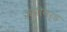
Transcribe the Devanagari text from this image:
अपीयर्ड